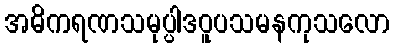
အဓိကရဏသမုပ္ပါဒဝူပသမနကုသလော